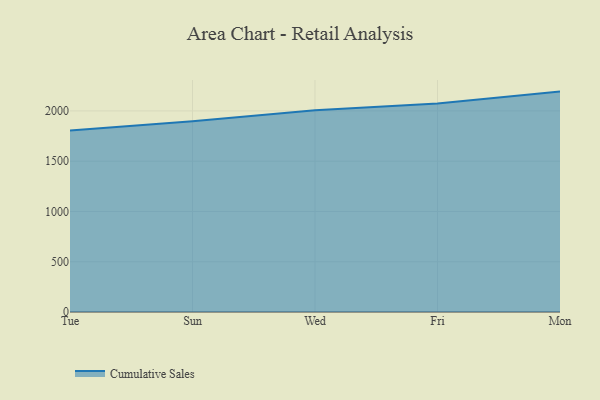
{"axis": {"x": "Day", "y": "Budget (USD K)"}, "legend": ["Cumulative Sales"], "data": [{"x": "Tue", "y": 1805.6, "type": "Cumulative Sales"}, {"x": "Sun", "y": 1897.0, "type": "Cumulative Sales"}, {"x": "Wed", "y": 2006.9, "type": "Cumulative Sales"}, {"x": "Fri", "y": 2073.6, "type": "Cumulative Sales"}, {"x": "Mon", "y": 2192.2, "type": "Cumulative Sales"}]}